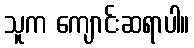
သူက ကျောင်းဆရာပါ။